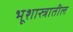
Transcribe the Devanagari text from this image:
भूशास्त्रातील